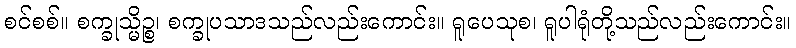
စင်စစ်။ စက္ခုသ္မိဉ္စ၊ စက္ခုပသာဒသည်လည်းကောင်း။ ရူပေသုစ၊ ရူပါရုံတို့သည်လည်းကောင်း။